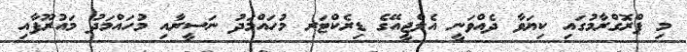
މި ޕްރޮގްރާމުގައި ކިޔަވާ ދެއްވަނީ އެލްޖީއޭގެ ޑިރެކްޓަރ މުހައްމަދު ނަސީރާއި މުހައްމަދު މައުރޫފާއި